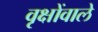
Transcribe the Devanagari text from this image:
वृक्षोंवाले